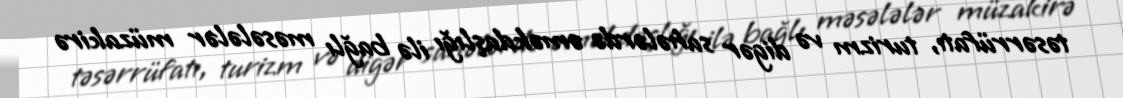
təsərrüfatı, turizm və digər sahələrdə əməkdaşlığı ilə bağlı məsələlər müzakirə